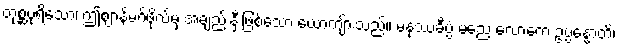
တုစ္ဆပုရိသော၊ ဤဈာန်မဂ်ဖိုလ်မှ အချည်းနှီးဖြစ်သော ယောကျ်ားသည်။ မနုဿခီပ္ပံ မညေ လောကေ ဥပ္ပန္နောတိ၊